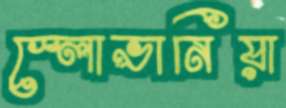
স্লোভানিয়া